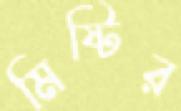
মিষ্টির